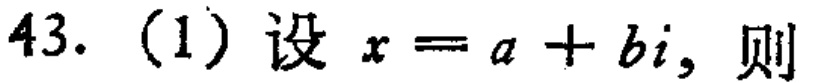
43. (1) 设 \(x = a + bi\)，则